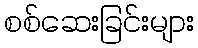
စစ်ဆေးခြင်းများ